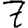
Digit: 7